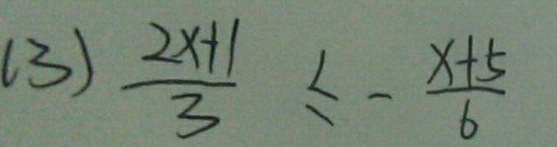
( 3 ) \frac { 2 x + 1 } { 3 } \leq - \frac { x + 5 } { 6 }